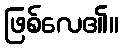
ဖြစ်လေ၏။